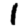
Digit: 1